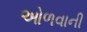
ઓળવાની